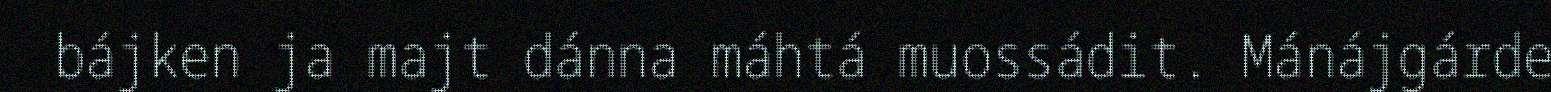
bájken ja majt dánna máhtá muossádit. Mánájgárde